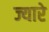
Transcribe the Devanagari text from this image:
ज्यारे